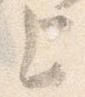
上